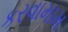
કરવામામ